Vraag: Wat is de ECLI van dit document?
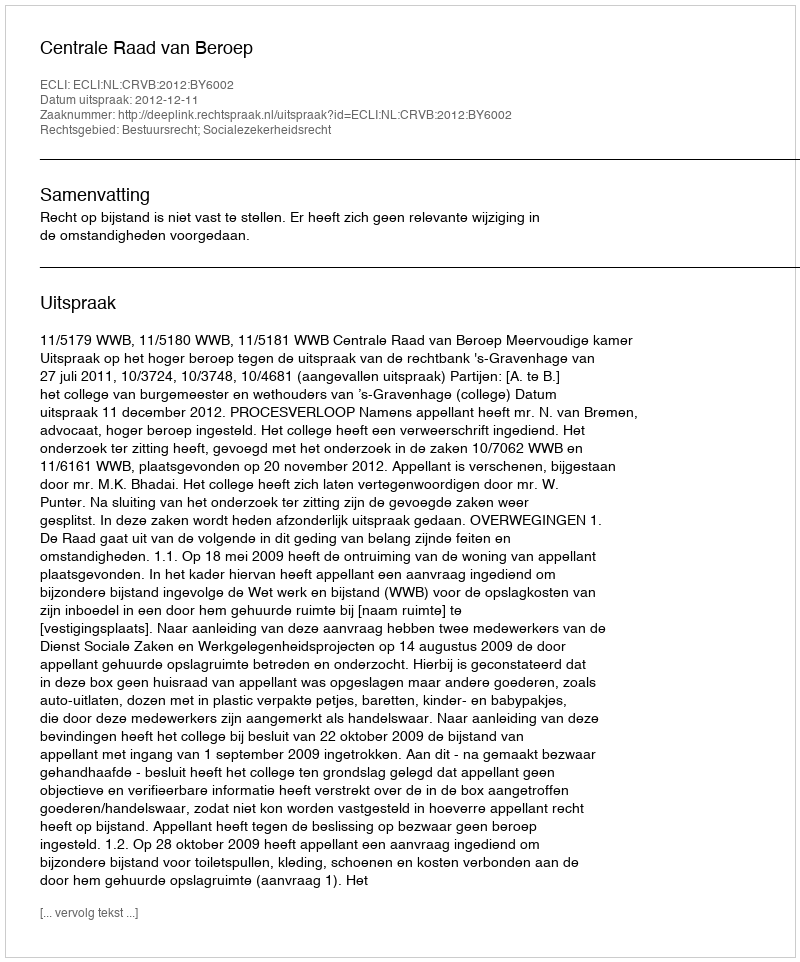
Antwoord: ECLI:NL:CRVB:2012:BY6002